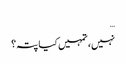
…
نہیں، تمہیں کیا پتہ؟